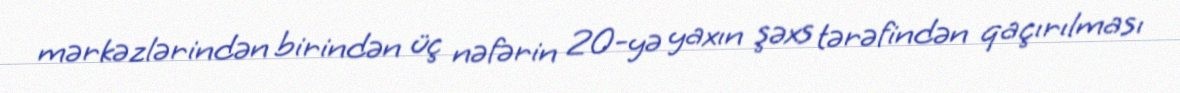
mərkəzlərindən birindən üç nəfərin 20-yə yaxın şəxs tərəfindən qaçırılması